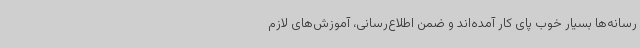
رسانه‌ها بسیار خوب پای کار آمده‌اند و ضمن اطلاع‌رسانی، آموزش‌های لازم